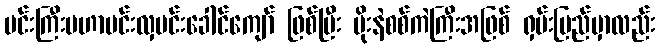
မင်းကြီးမဟာမင်းလှမင်းခေါင်ကျော် ဖြစ်ပြီး မိုးနဲစစ်ကဲကြီးအဖြစ် ရှမ်းပြည်မှာလည်း